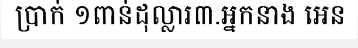
ប្រាក់ ១ពាន់ដុល្លារ៣.អ្នកនាង អេន